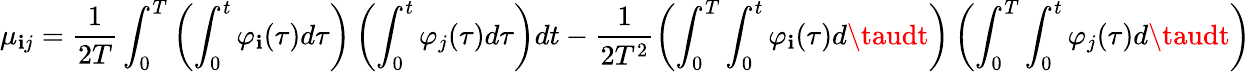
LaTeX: \mu_{\mathbf{i}j}=\frac{{1}}{{2T}}\int_{0}^{T}\left(\int_{0}^{t}\varphi_{\mathbf{i}}(\tau)d\tau\right)\left(\int_{0}^{t}\varphi_{j}(\tau)d\tau\right)dt-\frac{{1}}{{2T^{2}}}\left(\int_{0}^{T}\int_{0}^{t}\varphi_{\mathbf{i}}(\tau)d\taudt\right)\left(\int_{0}^{T}\int_{0}^{t}\varphi_{j}(\tau)d\taudt\right)